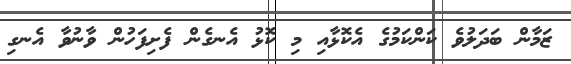
ޒަމާން ބަދަލުވެ ކަންކަމުގެ އެކޮޅާއި މި ކޮޅު އެނގެން ފެށިފަހުން ވާނުވާ އެނގި